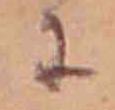
に